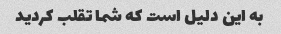
به این دلیل است که شما تقلب کردید